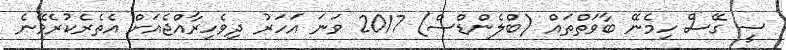
ސީ ގޭސް ހިމެނޭ ބާވަތްތައް (ބްލެންޑްސް) 2017 ވަނަ އަހަރު ދިވެހިރާއްޖެއަށް އެތެރެކުރެވޭނެ